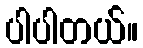
ပါပါတယ်။